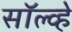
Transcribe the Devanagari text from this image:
सॉल्व्हे